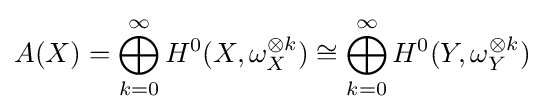
A(X)=\bigoplus _{k=0}^{\infty }H^{0}(X,\omega _{X}^{\otimes k})\cong \bigoplus _{k=0}^{\infty }H^{0}(Y,\omega _{Y}^{\otimes k})